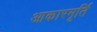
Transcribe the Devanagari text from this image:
आकारमूर्ति